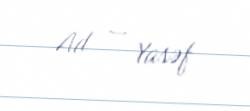
Ad — Yasəf